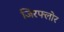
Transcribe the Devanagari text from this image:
जिरफ्लोर